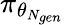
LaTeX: \pi_{\theta_{N_{gen}}}